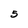
Character: 5